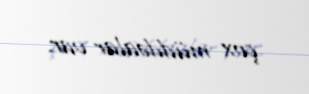
çox müddəalar var.